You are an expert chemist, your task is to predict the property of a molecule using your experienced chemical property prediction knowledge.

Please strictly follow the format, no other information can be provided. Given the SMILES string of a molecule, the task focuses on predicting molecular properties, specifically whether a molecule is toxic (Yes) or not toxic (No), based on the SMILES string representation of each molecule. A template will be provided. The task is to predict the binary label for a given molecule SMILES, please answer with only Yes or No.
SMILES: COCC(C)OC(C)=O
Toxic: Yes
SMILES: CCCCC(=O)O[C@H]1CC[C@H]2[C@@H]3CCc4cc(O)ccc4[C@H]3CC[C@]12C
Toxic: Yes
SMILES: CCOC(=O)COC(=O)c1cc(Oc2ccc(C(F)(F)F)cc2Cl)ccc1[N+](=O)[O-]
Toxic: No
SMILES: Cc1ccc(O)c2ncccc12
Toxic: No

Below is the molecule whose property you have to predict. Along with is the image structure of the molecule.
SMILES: CCN(CC)c1ccc2c(C)cc(=O)oc2c1
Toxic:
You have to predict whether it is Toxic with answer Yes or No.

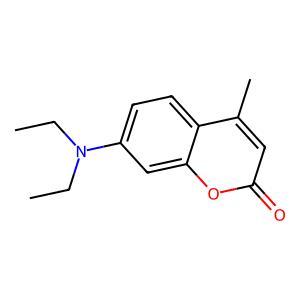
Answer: Yes